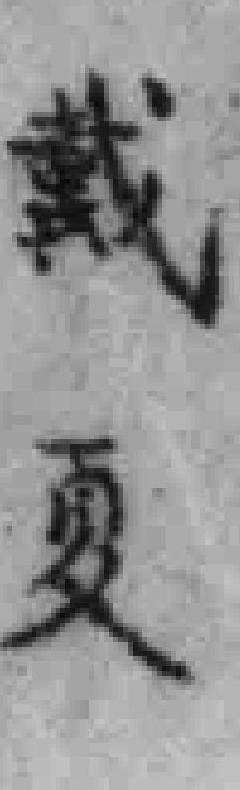
戴夏